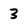
Character: 3